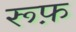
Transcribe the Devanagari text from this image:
रूफ़